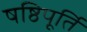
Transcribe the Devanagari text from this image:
षष्ठिपूर्ति